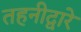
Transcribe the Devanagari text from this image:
तहनीद्वारे